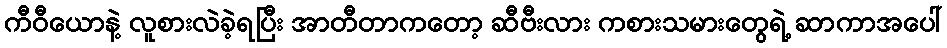
ကီဝီယောနဲ့ လူစားလဲခဲ့ရပြီး အာတီတာကတော့ ဆီဗီးလား ကစားသမားတွေရဲ့ ဆာကာအပေါ်